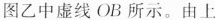
图乙中虚线OB所示。由上